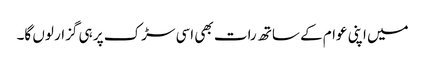
میں اپنی عوام کے ساتھ رات بھی اسی سڑک پر ہی گزار لوں گا۔